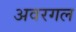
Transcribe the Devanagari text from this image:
अवरगल